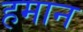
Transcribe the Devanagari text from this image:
हमान